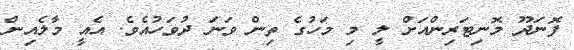
ފޮނަދޫ މޮނިޓަރިންއަށް ލީ މި މަހުގެ ތިން ވަނަ ދުވަހުއެވެ. އެއީ މާލެއިން